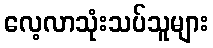
လေ့လာသုံးသပ်သူများ